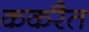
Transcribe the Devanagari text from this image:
ककरैत